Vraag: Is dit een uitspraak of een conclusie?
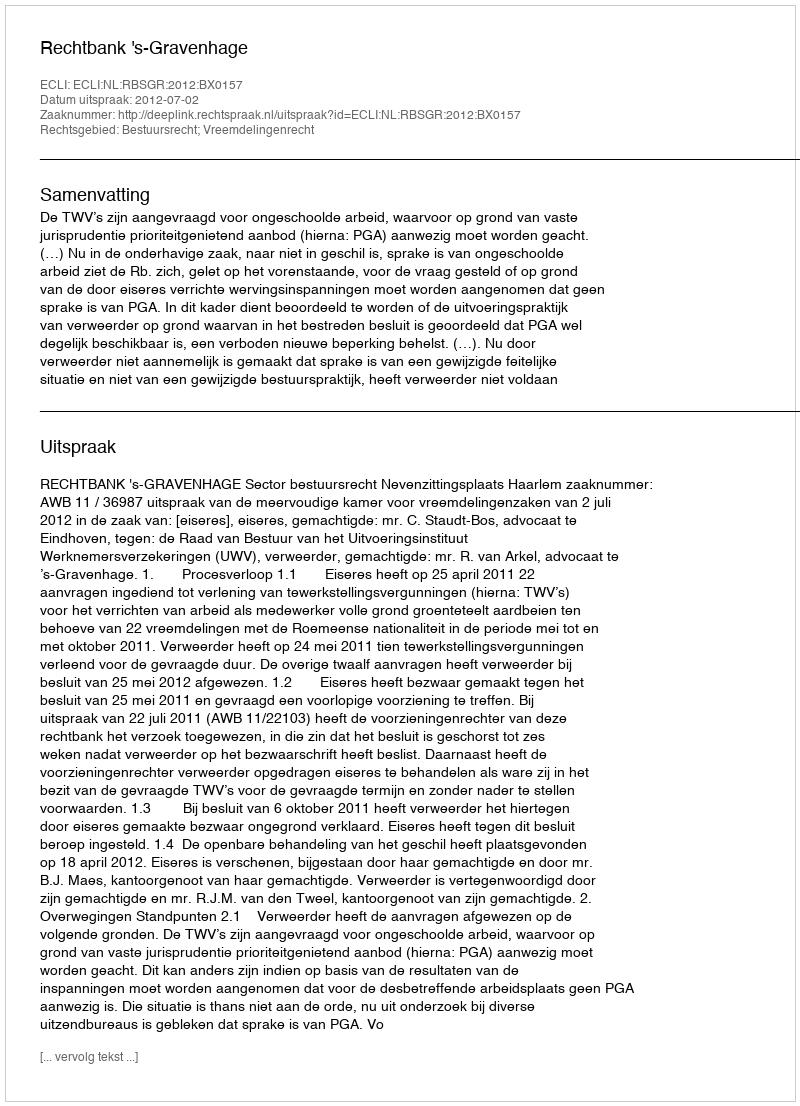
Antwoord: Uitspraak